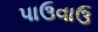
પાઉવાઉ